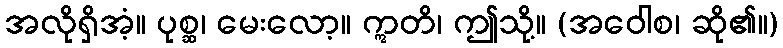
အလိုရှိအံ့။ ပုစ္ဆ၊ မေးလော့။ ဣတိ၊ ဤသို့။ (အဝေါစ၊ ဆို၏။)